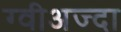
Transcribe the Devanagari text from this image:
ग्वीअज्दा